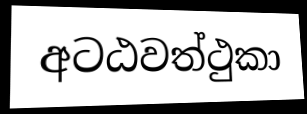
අටඨවත්ථුකා